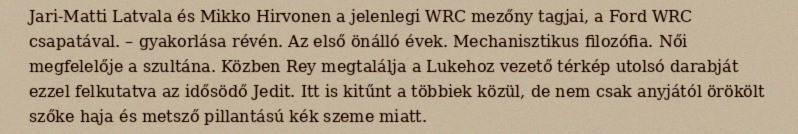
Jari-Matti Latvala és Mikko Hirvonen a jelenlegi WRC mezőny tagjai, a Ford WRC csapatával. – gyakorlása révén. Az első önálló évek. Mechanisztikus filozófia. Női megfelelője a szultána. Közben Rey megtalálja a Lukehoz vezető térkép utolsó darabját ezzel felkutatva az idősödő Jedit. Itt is kitűnt a többiek közül, de nem csak anyjától örökölt szőke haja és metsző pillantású kék szeme miatt.